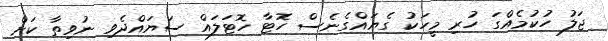
ޖަލު ހުކުމެއްގަ ހުރި މީހަކު ގެޔައްގެނެސް ހޮޓާ ހޮޓަލައް ސަޔައްދެވި ނުވިތާ ކަށް